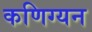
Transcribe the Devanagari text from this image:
कणिग्यन